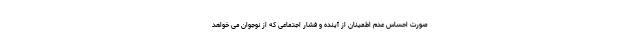
صورت احساس عدم اطمینان از آینده و فشار اجتماعی که از نوجوان می خواهد